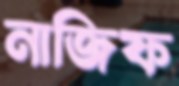
নাজিফ